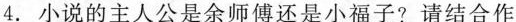
4.小说的主人公是余师傅还是小福子？请结合作